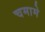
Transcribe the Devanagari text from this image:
चमामे